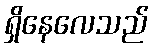
ရှိနေလေသည်